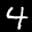
Label: 4